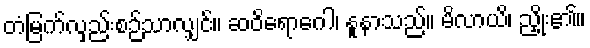
တံမြက်လှည်းစဉ်သာလျှင်။ ဆဝိရောဂေါ၊ နူနာသည်။ မိလာယိ၊ ညှိုး၏။